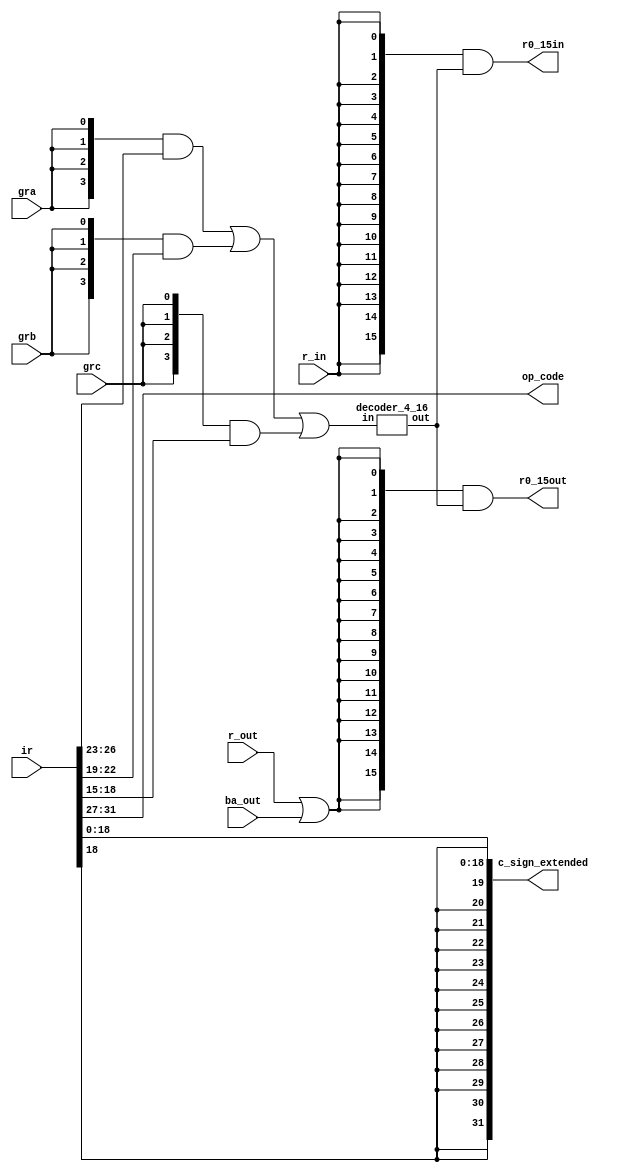
module select_encode_logic (
    input [31:0] ir,
    input gra, grb, grc, r_in, r_out, ba_out,
    output [15:0] r0_15in, r0_15out,
    output [4:0] op_code,
    output [31:0] c_sign_extended
);

    wire [3:0] A, B, C, E;
    wire [15:0] decoded_logic;

    assign A = {4{gra}} & ir[26:23];
    assign B = {4{grb}} & ir[22:19];
    assign C = {4{grc}} & ir[18:15];

    assign E = (A | B | C);

    decoder_4_16 dec_4_16(.in(E), .out(decoded_logic));

    assign r0_15in = {16{r_in}} & decoded_logic;
    assign r0_15out = {16{r_out | ba_out}} & decoded_logic;
    assign op_code = ir[31:27];
    assign c_sign_extended = {{13{ir[18]}}, ir[18:0]};

endmodule

module decoder_4_16 (
    input [3:0] in,
    output reg [15:0] out
);

always @(*) begin
    out = 16'b0;
    case (in)
        4'b0000: out = 16'b0000000000000001;
        4'b0001: out = 16'b0000000000000010;
        4'b0010: out = 16'b0000000000000100;
        4'b0011: out = 16'b0000000000001000;
        4'b0100: out = 16'b0000000000010000;
        4'b0101: out = 16'b0000000000100000;
        4'b0110: out = 16'b0000000001000000;
        4'b0111: out = 16'b0000000010000000;
        4'b1000: out = 16'b0000000100000000;
        4'b1001: out = 16'b0000001000000000;
        4'b1010: out = 16'b0000010000000000;
        4'b1011: out = 16'b0000100000000000;
        4'b1100: out = 16'b0001000000000000;
        4'b1101: out = 16'b0010000000000000;
        4'b1110: out = 16'b0100000000000000;
        4'b1111: out = 16'b1000000000000000;
        default: out = 16'b0; 
    endcase
end

endmodule